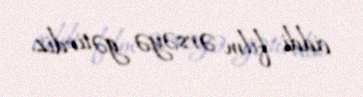
ciddi film ərsəyə gətirdiz.